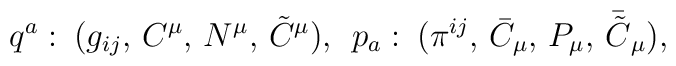
q^a :\:(g_{ij},\, C^{\mu},\, N^{\mu},\, \tilde{C}^{\mu}),\:\:  p_a :\:(\pi^{ij},\, \bar{C}_{\mu},\, P_{\mu},\, \bar{\tilde{C}}_{\mu}),